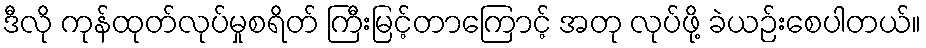
ဒီလို ကုန်ထုတ်လုပ်မှုစရိတ် ကြီးမြင့်တာကြောင့် အတု လုပ်ဖို့ ခဲယဉ်းစေပါတယ်။